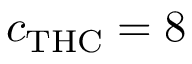
c _ { \mathrm { T H C } } = 8